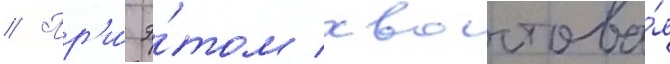
// Пр'и́ э́том хвостова́я